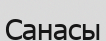
Санасы